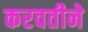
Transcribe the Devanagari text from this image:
करवतीने